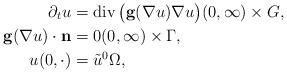
LaTeX: \begin{align*} \partial_{t} u &= \mathrm{div}\, \big(\mathbf{g}(\nabla u) \nabla u\big) (0, \infty) \times G, \\ \mathbf{g}(\nabla u) \cdot \mathbf{n} &= 0 (0, \infty) \times \Gamma, \\ u(0, \cdot) &= \tilde{u}^{0} \Omega, \end{align*}